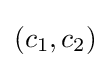
(c_{1},c_{2})